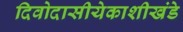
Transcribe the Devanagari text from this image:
दिवोदासीयेकाशीखंडे